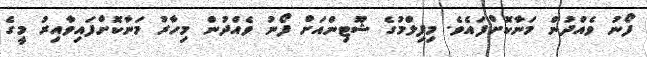
ފޯނު ވެއްދުން މަނާކޮށްފައެވެ. މިފިލްމުގެ ޝޫޓިންއަށް ފޯނު ވެއްދުން މިހާރު މަނާކޮށްފައިވާއިރު މީގެ